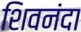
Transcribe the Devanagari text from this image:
शिवनंदा